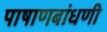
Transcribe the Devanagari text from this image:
पाषाणबांधणी